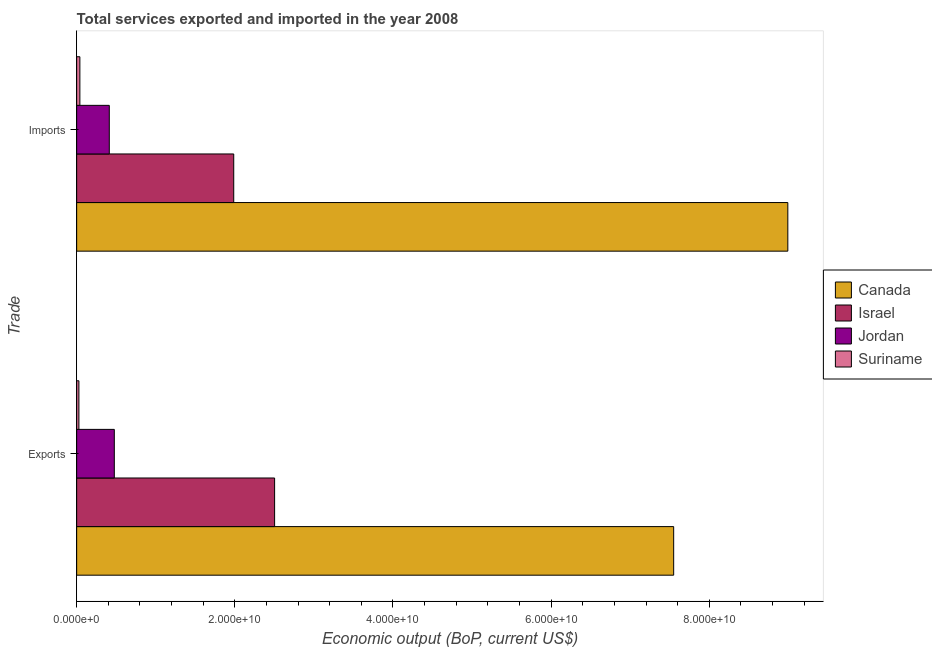
| Trade | Canada | Israel | Jordan | Suriname |
 | --- | --- | --- | --- | --- |
 | Exports | 7.55e+10 | 2.5e+10 | 4.76e+09 | 2.84e+08 |
 | Imports | 8.99e+10 | 1.99e+10 | 4.13e+09 | 4.07e+08 |